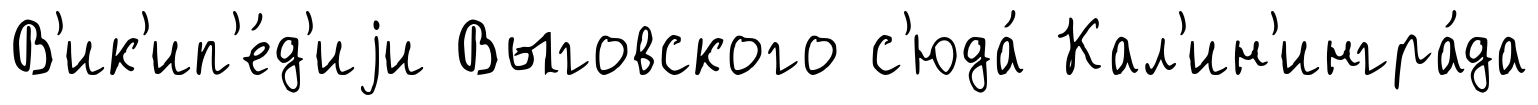
В'ик'ип'е́д'иjи Выговского с'юда́ Кал'ин'ингра́да